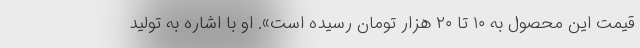
قیمت این محصول به ۱۰ تا ۲۰ هزار تومان رسیده است». او با اشاره به تولید